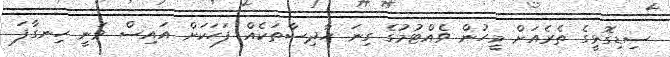
ސިޑިގޮޅީގެ ތެރެއަށް މީހުން ވެއްޓުމުގެ ގިނަ ހާދިސާތަކެއް ފަހަކަށް އައިސް ވަނީ ހިނގާފަ